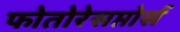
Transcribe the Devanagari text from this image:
फोतोरेसप्तोर्स